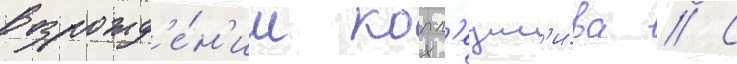
возрожд'е́н'ии колл'ект'и́ва // С